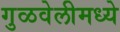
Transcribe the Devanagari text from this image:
गुळवेलीमध्ये